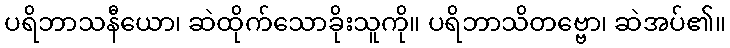
ပရိဘာသနီယော၊ ဆဲထိုက်သောခိုးသူကို။ ပရိဘာသိတဗ္ဗော၊ ဆဲအပ်၏။